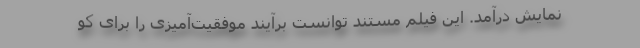
نمایش درآمد. این فیلم مستند توانست برآیند موفقیت‌آمیزی را برای کو